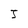
Character: J